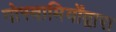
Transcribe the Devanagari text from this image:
गोस्वामियोंद्वारा